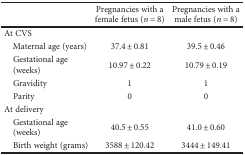
|  | Pregnancies with a female fetus (n = 8) | Pregnancies with a male fetus (n = 8) |
 | --- | --- | --- |
 | At CVS |  |  |
 | Maternal age (years) | 37.4 ± 0.81 | 39.5 ± 0.46 |
 | Gestational age (weeks) | 10.97 ± 0.22 | 10.79 ± 0.19 |
 | Gravidity | 1 | 1 |
 | Parity | 0 | 0 |
 | At delivery |  |  |
 | Gestational age (weeks) | 40.5 ± 0.55 | 41.0 ± 0.60 |
 | Birth weight (grams) | 3588 ± 120.42 | 3444 ± 149.41 |